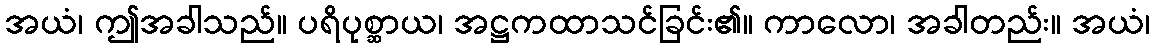
အယံ၊ ဤအခါသည်။ ပရိပုစ္ဆာယ၊ အဋ္ဌကထာသင်ခြင်း၏။ ကာလော၊ အခါတည်း။ အယံ၊